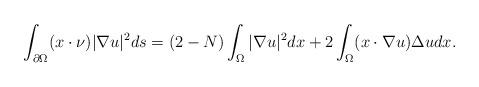
LaTeX: \begin{align*}\aligned\int_{\partial\Omega}(x\cdot\nu)|\nabla u|^{2}ds=(2-N)\int_{\Omega}|\nabla u|^{2}dx+2\int_{\Omega}(x\cdot\nabla u)\Delta udx.\endaligned\end{align*}